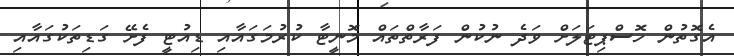
އެގޮތުން ހޮސްޕިޓަލަށް ވަދެ ނުކުން ފަރާތްތައް މޮނީޓާ ކުރުމަގައާއި ޑިއުޓީ ފެށޭ ގަޑިތަކުގައާއި